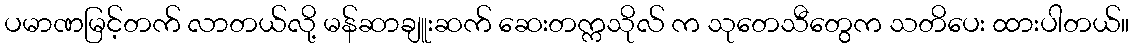
ပမာဏမြင့်တက် လာတယ်လို့ မန်ဆာချူးဆက် ဆေးတက္ကသိုလ် က သုတေသီတွေက သတိပေး ထားပါတယ်။